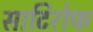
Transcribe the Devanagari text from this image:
साटिरोफ